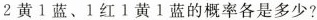
2黄1蓝、1红1黄1蓝的概率各是多少?